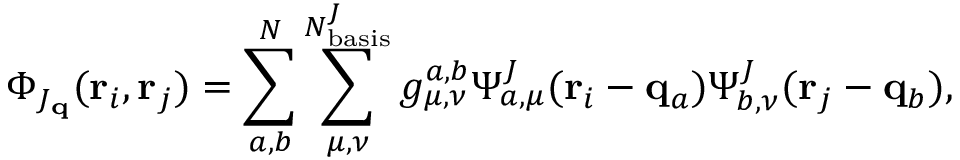
\Phi _ { J _ { \mathbf { q } } } ( \mathbf { r } _ { i } , \mathbf { r } _ { j } ) = \sum _ { a , b } ^ { N } \sum _ { \mu , \nu } ^ { N _ { \mathrm { b a s i s } } ^ { J } } g _ { \mu , \nu } ^ { a , b } \Psi _ { a , \mu } ^ { J } ( \mathbf { r } _ { i } - \mathbf { q } _ { a } ) \Psi _ { b , \nu } ^ { J } ( \mathbf { r } _ { j } - \mathbf { q } _ { b } ) ,